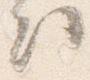
出